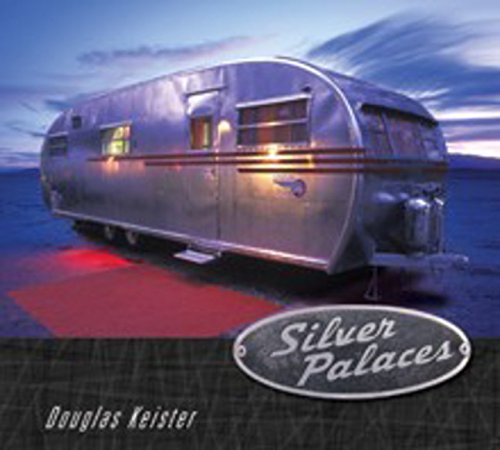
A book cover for Silver Palaces; Douglas Keister; Engineering & Transportation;